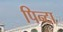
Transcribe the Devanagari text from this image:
पिन्टा